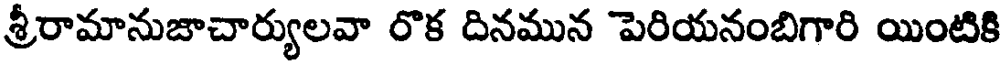
శ్రీరామానుజాచార్యులవా రొక దినమున పెరియనంబిగారి యింటికి